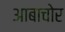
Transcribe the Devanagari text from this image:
आबाचोर